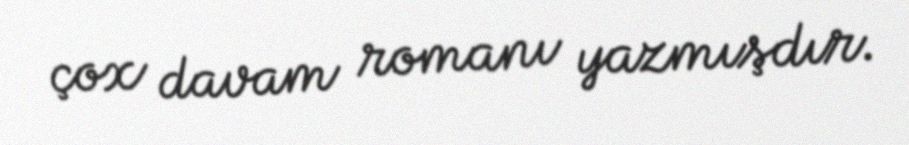
çox davam romanı yazmışdır.